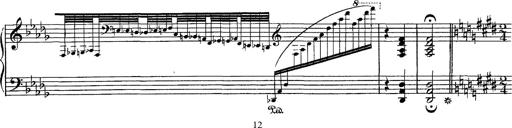
Title: Hungarian Rhapsody No.1
Composer: Franz Liszt
Key: C-sharp minor